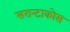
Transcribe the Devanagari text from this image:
सरान्टाकोस